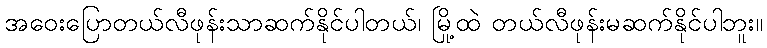
အဝေးပြောတယ်လီဖုန်းသာဆက်နိုင်ပါတယ်၊ မြို့ထဲ တယ်လီဖုန်းမဆက်နိုင်ပါဘူး။